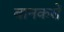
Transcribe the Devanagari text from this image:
बानकरों